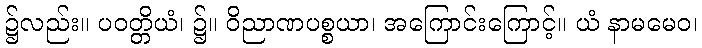
၌လည်း။ ပဝတ္တိယံ၊ ၌။ ဝိညာဏပစ္စယာ၊ အကြောင်းကြောင့်။ ယံ နာမမေဝ၊